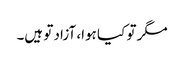
مگر تو کیا ہوا، آزاد تو ہیں۔